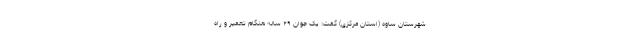
شهرستان ساوه (استان مرکزی) گفت: یک جوان ۲۹ ساله هنگام تعمیر و راه